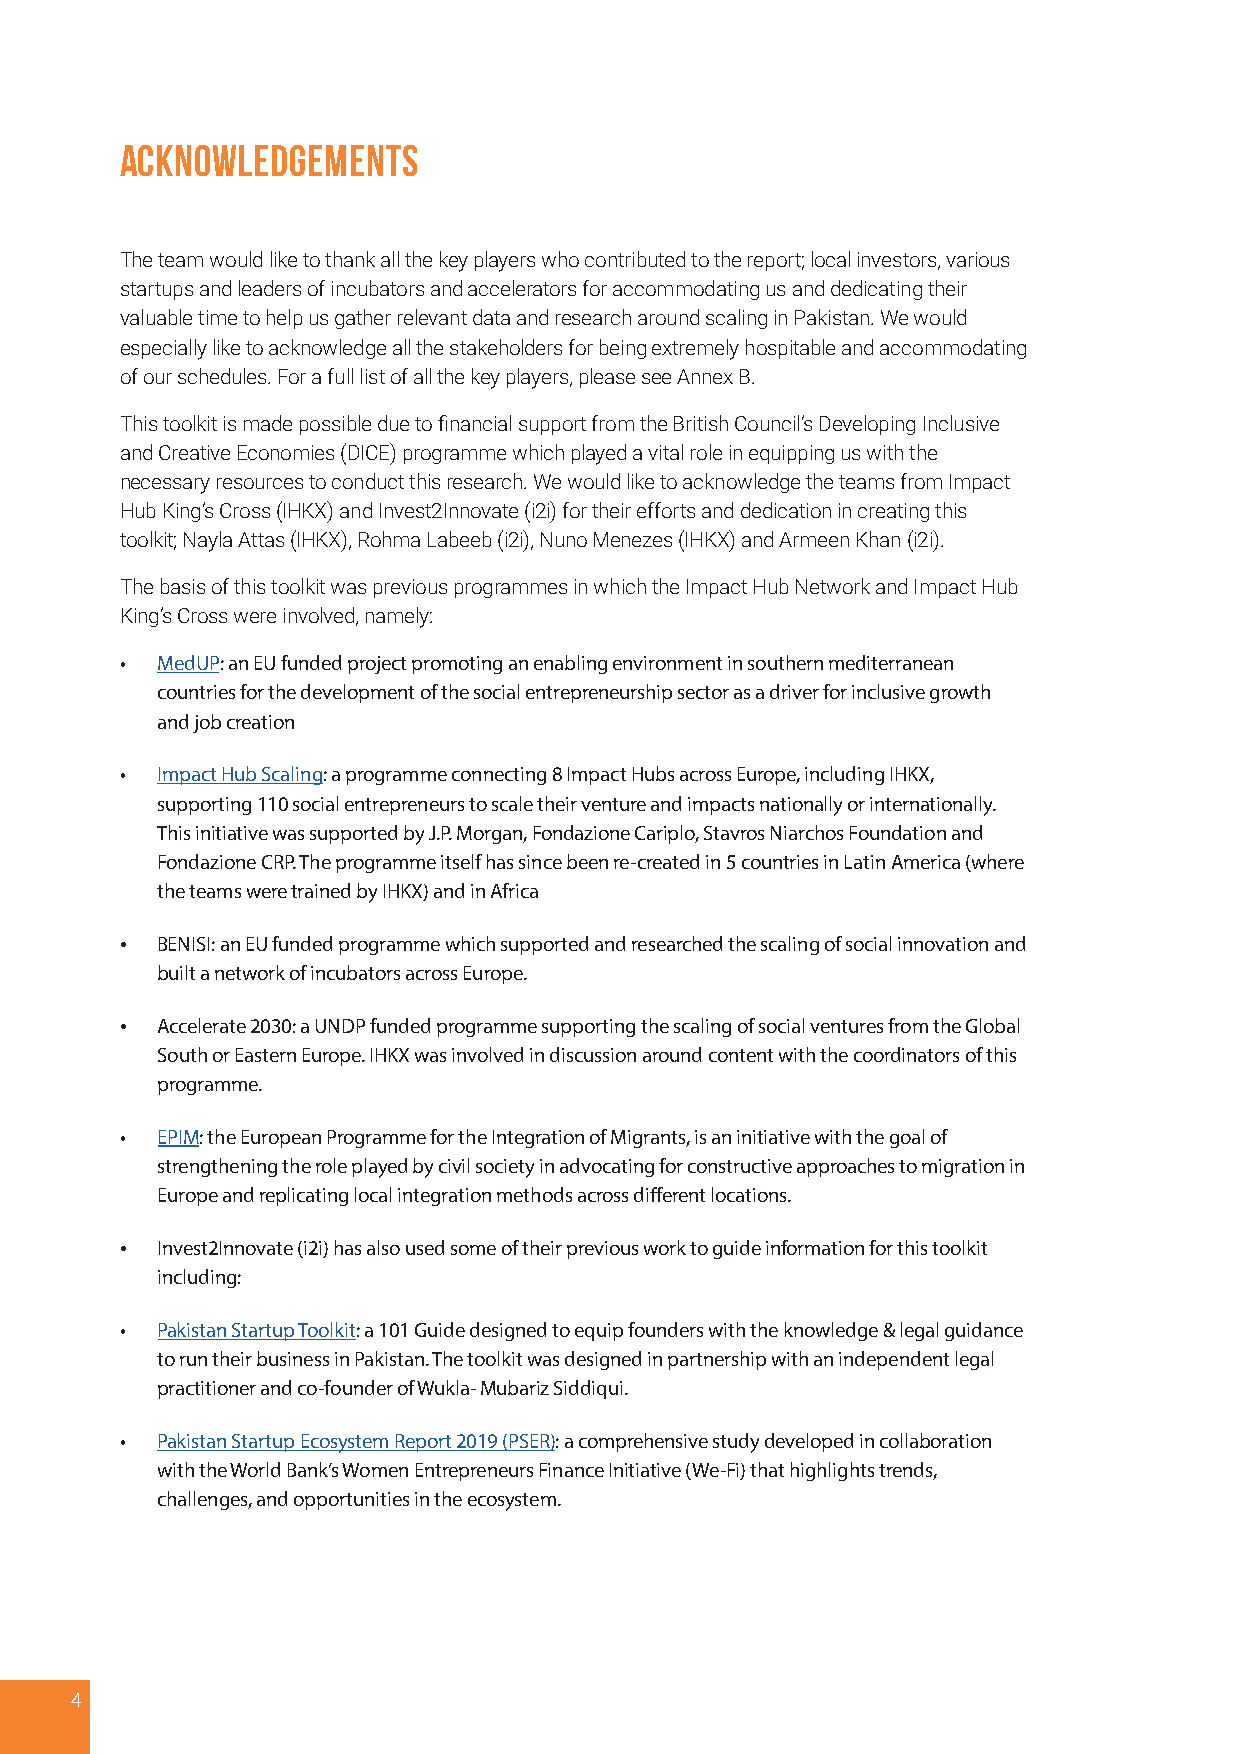
Acknowledgements
 The team would like to thank all the key players who contributed to the report; local investors, various
 startups and leaders of incubators and accelerators for accommodating us and dedicating their
 valuable time to help us gather relevant data and research around scaling in Pakistan. We would
 especially like to acknowledge all the stakeholders for being extremely hospitable and accommodating
 of our schedules. For a full list of all the key players, please see Annex B.
 This toolkit is made possible due to financial support from the British Council’s Developing Inclusive
 and Creative Economies (DICE) programme which played a vital role in equipping us with the
 necessary resources to conduct this research. We would like to acknowledge the teams from Impact
 Hub King’s Cross (IHKX) and Invest2Innovate (i2i) for their efforts and dedication in creating this
 toolkit; Nayla Attas (IHKX), Rohma Labeeb (i2i), Nuno Menezes (IHKX) and Armeen Khan (i2i).
 The basis of this toolkit was previous programmes in which the Impact Hub Network and Impact Hub
 King’s Cross were involved, namely:
 • MedUP: an EU funded project promoting an enabling environment in southern mediterranean
 countries for the development of the social entrepreneurship sector as a driver for inclusive growth
 and job creation
 • Impact Hub Scaling: a programme connecting 8 Impact Hubs across Europe, including IHKX,
 supporting 110 social entrepreneurs to scale their venture and impacts nationally or internationally.
 This initiative was supported by J.P. Morgan, Fondazione Cariplo, Stavros Niarchos Foundation and
 Fondazione CRP. The programme itself has since been re-created in 5 countries in Latin America (where
 the teams were trained by IHKX) and in Africa
 • BENISI: an EU funded programme which supported and researched the scaling of social innovation and
 built a network of incubators across Europe.
 • Accelerate 2030: a UNDP funded programme supporting the scaling of social ventures from the Global
 South or Eastern Europe. IHKX was involved in discussion around content with the coordinators of this
 programme.
 • EPIM: the European Programme for the Integration of Migrants, is an initiative with the goal of
 strengthening the role played by civil society in advocating for constructive approaches to migration in
 Europe and replicating local integration methods across different locations.
 • Invest2Innovate (i2i) has also used some of their previous work to guide information for this toolkit
 including:
 • Pakistan Startup Toolkit: a 101 Guide designed to equip founders with the knowledge & legal guidance
 to run their business in Pakistan. The toolkit was designed in partnership with an independent legal
 practitioner and co-founder of Wukla- Mubariz Siddiqui.
 • Pakistan Startup Ecosystem Report 2019 (PSER): a comprehensive study developed in collaboration
 with the World Bank’s Women Entrepreneurs Finance Initiative (We-Fi) that highlights trends,
 challenges, and opportunities in the ecosystem.
 4